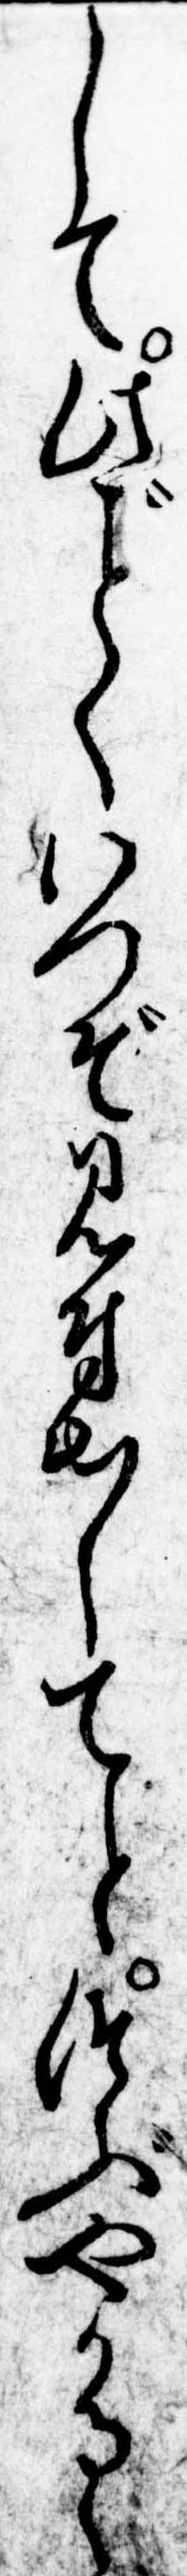
して此くいつぞ見付出してとつぶやかるゝ